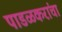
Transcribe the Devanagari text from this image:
पाडळकरांचा